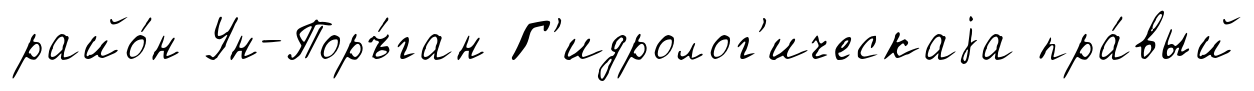
райо́н Ун-Поръ́ган Г'идролог'ическаjа пра́вый